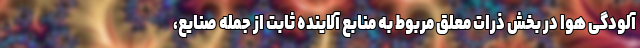
آلودگی هوا در بخش ذرات معلق مربوط به منابع آلاینده ثابت از جمله صنایع،